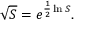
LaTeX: { \sqrt { S } } = e ^ { { \frac { 1 } { 2 } } \ln S } .